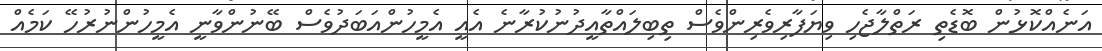
އަނެއްކޮޅުން ބޮޑެތި ރަތްލާޖެހި ވިޔަފާރިވެރިންވެސް ތިބިލައްތާއީދުނުކުރާނެ އެއީ އެމީހުންއަބަދުވެސް ބޭނުންވާނީ އެމީހުންނުރުހޭ ކަމެއް